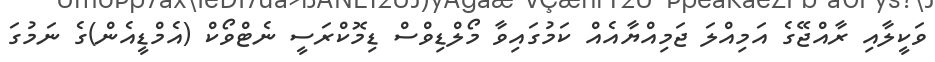
ވަކީލާއި ރާއްޖޭގެ އަމިއްލަ ޖަމިއްޔާއެއް ކަމުގައިވާ މޯލްޑިވްސް ޑިމޮކްރަސީ ނެޓްވޯކް (އެމްޑީއެން)ގެ ނަމުގަ